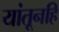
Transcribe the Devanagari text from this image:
यांतूनहि